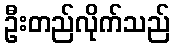
ဦးတည်လိုက်သည်